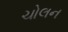
ચોલન